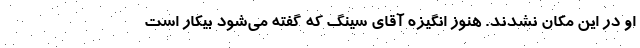
او در این مکان نشدند. هنوز انگیزه آقای سینگ که گفته می‌شود بیکار است